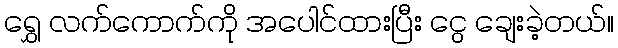
ရွှေ လက်ကောက်ကို အပေါင်ထားပြီး ငွေ ချေးခဲ့တယ်။